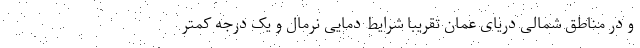
و در مناطق شمالی دریای عمان تقریبا شرایط دمایی نرمال و یک درجه کمتر